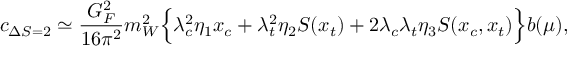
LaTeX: c _ { \Delta S = 2 } \simeq { \frac { G _ { F } ^ { 2 } } { 1 6 \pi ^ { 2 } } } m _ { W } ^ { 2 } \Bigl \{ \lambda _ { c } ^ { 2 } \eta _ { 1 } x _ { c } + \lambda _ { t } ^ { 2 } \eta _ { 2 } S ( x _ { t } ) + 2 \lambda _ { c } \lambda _ { t } \eta _ { 3 } S ( x _ { c } , x _ { t } ) \Bigr \} b ( \mu ) ,